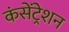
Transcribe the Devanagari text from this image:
कंसेंट्रेशन